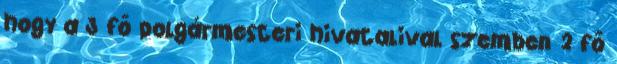
hogy a 3 fő polgármesteri hivatalival szemben 2 fő